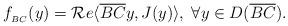
LaTeX: \begin{align*}f_{_{BC}}(y)=\mathcal{R}e \langle\overline{BC}y,J(y)\rangle,\; \forall y\in D(\overline{BC}).\end{align*}